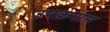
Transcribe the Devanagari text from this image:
उपक्रमास